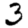
Digit: 3